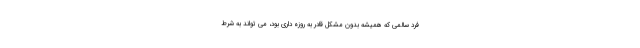
فرد سالمی که همیشه بدون مشکل قادر به روزه داری بود، می تواند به شرط